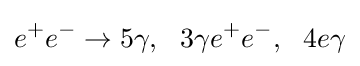
e^{+}e^{-}\to 5\gamma ,~~3\gamma e^{+}e^{-},~~4e\gamma